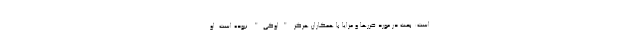
است: بحث در مورد ضررها و مزایا با همکاران هرگز "اوکی" نبوده است. او